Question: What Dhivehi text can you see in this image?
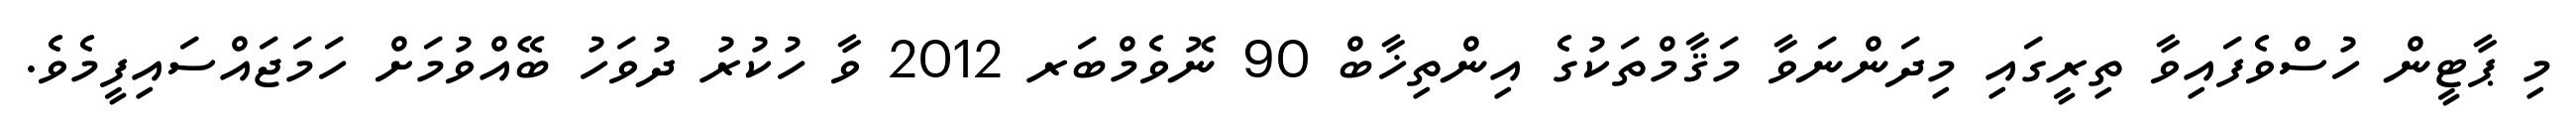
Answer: މި ޕާޓީން ހުސްވެފައިވާ ތިރީގައި މިދަންނަވާ މަޤާމްތަކުގެ އިންތިޚާބް 90 ނޮވެމްބަރ 2012 ވާ ހުކުރު ދުވަހު ބޭއްވުމަށް ހަމަޖައްސައިފީމެވެ.